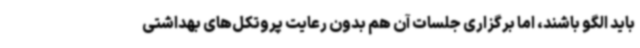
باید الگو باشند، اما برگزاری جلسات آن هم بدون رعایت پروتکل‌های بهداشتی